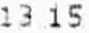
13.15